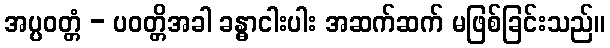
အပ္ပဝတ္တံ - ပဝတ္တိအခါ ခန္ဓာငါးပါး အဆက်ဆက် မဖြစ်ခြင်းသည်။